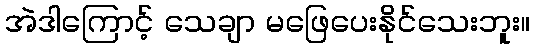
အဲဒါကြောင့် သေချာ မဖြေပေးနိုင်သေးဘူး။